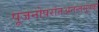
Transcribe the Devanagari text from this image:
पूजनोपरांतअनन्तसूत्रको